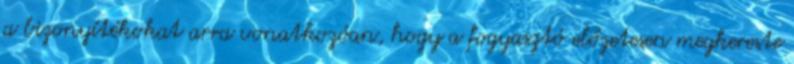
a bizonyítékokat arra vonatkozóan, hogy a fogyasztó előzetesen megkereste